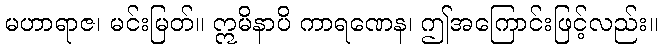
မဟာရာဇ၊ မင်းမြတ်။ ဣမိနာပိ ကာရဏေန၊ ဤအကြောင်းဖြင့်လည်း။